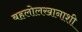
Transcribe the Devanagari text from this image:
बहलोलखानाशी